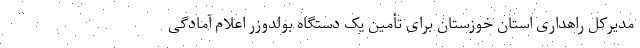
مدیرکل راهداری استان خوزستان برای تأمین یک دستگاه بولدوزر اعلام آمادگی